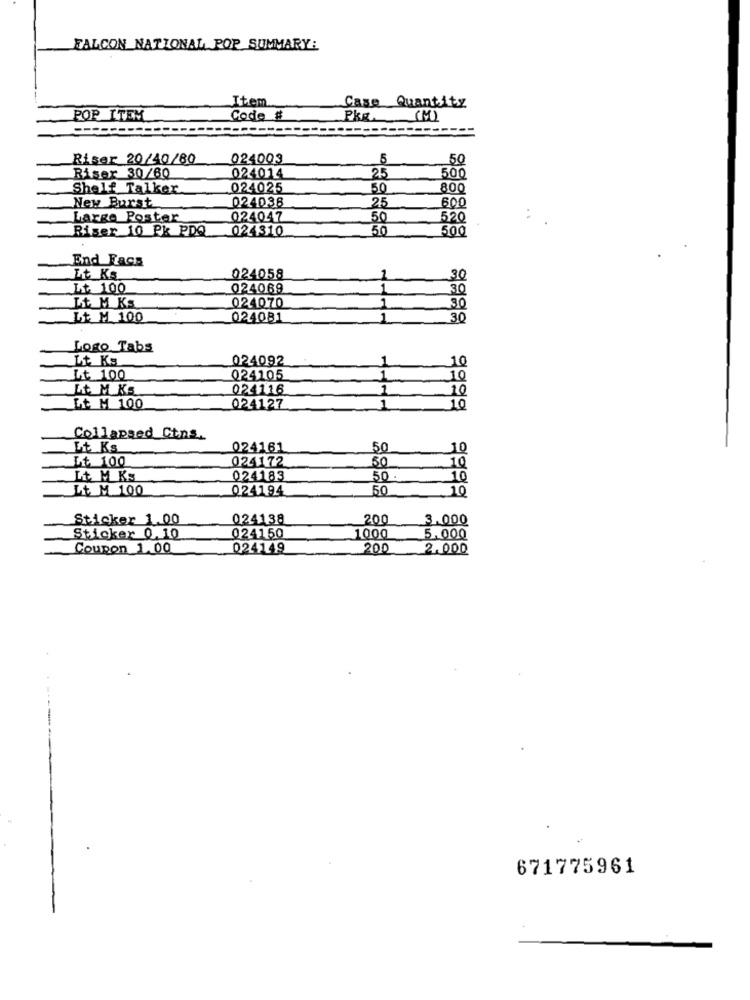
FALCON NATIONAL POP SUMMARY:
Item
Case Quantity
POP ITEM
Code #
PKE. (M)
Riser 20/40/80
024003
5
50
024014
Riser 30/60
25
500
Shelf Talker
024025
50
800
New Burst
024036
.25
600
Large Poster
024047
50
520
Riser 10 Pk PDQ
024310
50
500
End Facs
Lt Ks
024058
30
Lt 100
024069
30
It M Ks
024070
Lt M 100
024081
30
Logo Tabs
Lt Kg
024092
10
Lt 100
024105
10
Lt M Ks
024116
1
10
Lt M 100
024127
1
10
Collapsed Cins.
Lt Ks
024161
50
10
Lt 100
024172
50
10
Lt M Ks
024183
50
10
Lt M 100
024194
50
10
Sticker 1.00
024138
200
3.000
Sticker 0.10
024150
1000
5.000
Coupon 1.00
024149
200
2.000
671775961